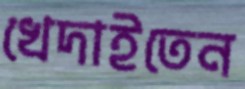
খেদাইতেন